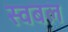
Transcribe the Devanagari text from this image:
स्वबल